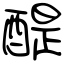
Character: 醍